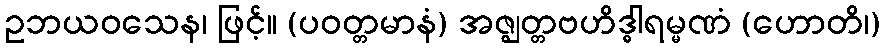
ဥဘယဝသေန၊ ဖြင့်။ (ပဝတ္တမာနံ) အဇ္ဈတ္တဗဟိဒ္ဓါရမ္မဏံ (ဟောတိ၊)